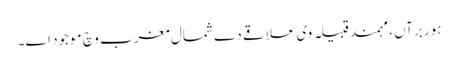
ہور برآں ، مہمند قبیلہ وی علاقے دے شمال مغرب وچ موجود ا‏‏ے۔